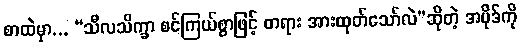
စာထဲမှာ... “သီလသိက္ခာ စင်ကြယ်စွာဖြင့် တရား အားထုတ်သော်လဲ”ဆိုတဲ့ အပိုဒ်ကို